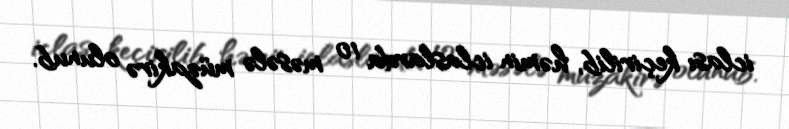
iclası keçirilib, həmin iclaslarda 10 məsələ müzakirə olunub.